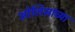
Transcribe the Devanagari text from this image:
ओलिसांच्या